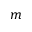
m